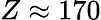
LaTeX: Z\approx 170